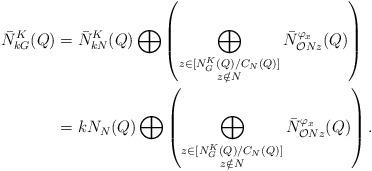
LaTeX: \begin{align*}\bar{N}^K_{kG}(Q)&=\bar{N}_{kN}^{K}(Q)\bigoplus\left(\bigoplus_{\substack{z\in [N_G^K(Q)/C_N(Q)]\\z\notin N} }\bar{N}_{\mathcal{O}Nz}^{\varphi_x}(Q)\right)\\&=kN_N(Q)\bigoplus\left(\bigoplus_{\substack{z\in [N_G^K(Q)/C_N(Q)]\\z\notin N} }\bar{N}_{\mathcal{O}Nz}^{\varphi_x}(Q)\right).\end{align*}